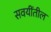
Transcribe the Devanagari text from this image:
सवयींतील